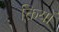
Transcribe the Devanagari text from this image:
क्तियों